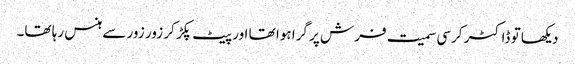
دیکھا تو ڈاکٹر کرسی سمیت فرش پر گرا ہوا تھا اور پیٹ پکڑ کر زور زور سے ہنس رہا تھا۔